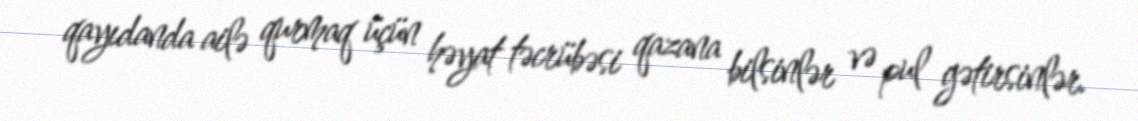
qayıdanda ailə qurmaq üçün həyat təcrübəsi qazana bilsinlər və pul gətirsinlər.